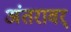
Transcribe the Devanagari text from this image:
अंतरावर्